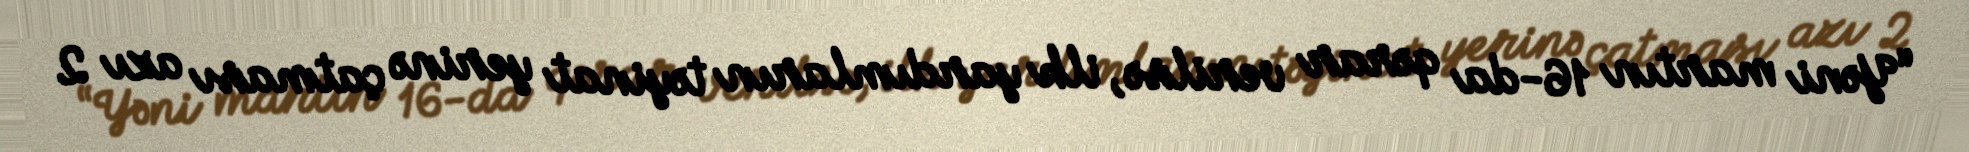
“Yəni martın 16-da qərar verilsə, ilk yardımların təyinat yerinə çatması azı 2